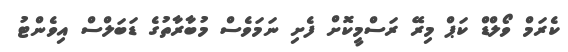
ކެރަމް ވޯލްޑް ކަޕް މިރޭ ރަސްމީކޮށް ފެށި ނަމަވެސް މުބާރާތުގެ ޑަބަލްސް އިވެންޓު